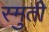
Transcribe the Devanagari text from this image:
स्मुती